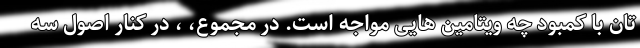
تان با کمبود چه ویتامین هایی مواجه است. در مجموع، ، در کنار اصول سه